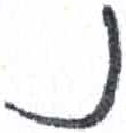
אות: נ